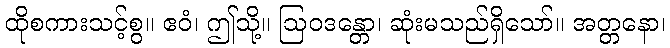
ထိုစကားသင့်စွ။ ဧဝံ၊ ဤသို့။ ဩဝဒန္တော၊ ဆုံးမသည်ရှိသော်။ အတ္တနော၊